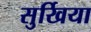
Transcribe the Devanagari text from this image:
सुर्खिया